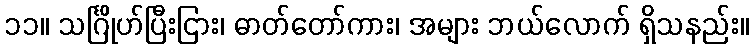
၁၁။ သင်္ဂြိုဟ်ပြီးငြား၊ ဓာတ်တော်ကား၊ အများ ဘယ်လောက် ရှိသနည်း။